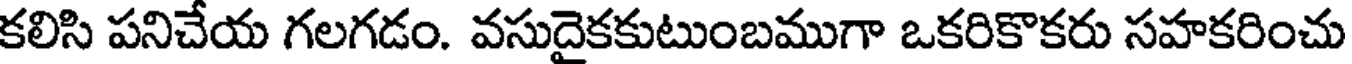
కలిసి పనిచేయ గలగడం. వసుదైకకుటుంబముగా ఒకరికొకరు సహకరించు